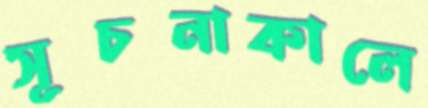
সূচনাকালে